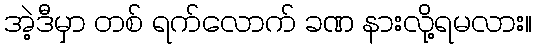
အဲ့ဒီမှာ တစ် ရက်လောက် ခဏ နားလို့ရမလား။